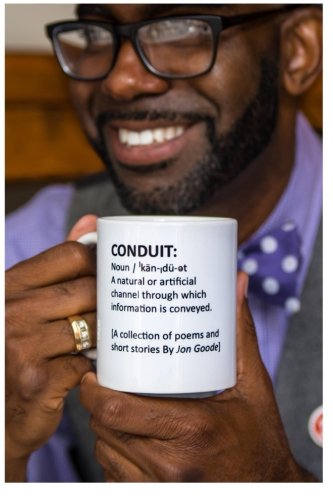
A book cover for Conduit: [A Collection of Poems and Short Stories by Jon Goode]; Jon Goode; Literature & Fiction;